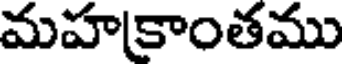
మహకాంతము